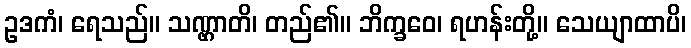
ဥဒကံ၊ ရေသည်။ သဏ္ဌာတိ၊ တည်၏။ ဘိက္ခဝေ၊ ရဟန်းတို့။ သေယျာထာပိ၊